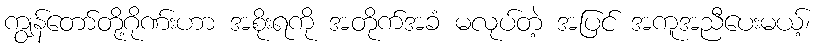
ကျွန်တော်တို့ဂိုဏ်းဟာ အစိုးရကို အတိုက်အခံ မလုပ်တဲ့ အပြင် အကူအညီပေးမယ့်၊